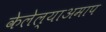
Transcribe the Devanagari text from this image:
केलेल्याअमाप